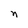
Character: n